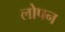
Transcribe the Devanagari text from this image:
लोपन